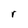
Character: r